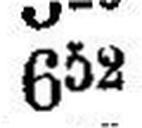
652